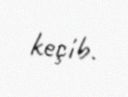
keçib.